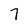
Character: 7